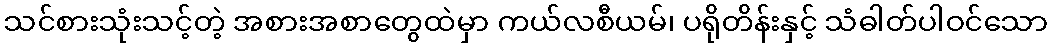
သင်စားသုံးသင့်တဲ့ အစားအစာတွေထဲမှာ ကယ်လစီယမ်၊ ပရိုတိန်းနှင့် သံဓါတ်ပါဝင်သော